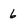
Character: 6